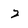
Character: 2